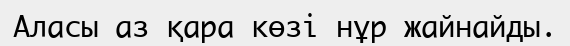
Аласы аз қара көзі нұр жайнайды.